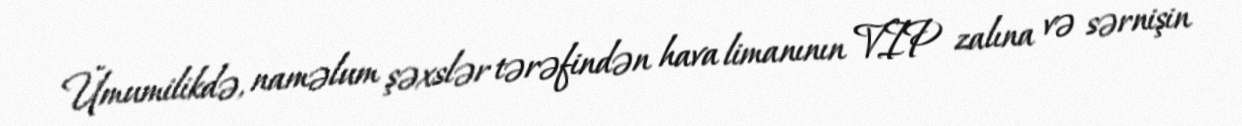
Ümumilikdə, naməlum şəxslər tərəfindən hava limanının VIP zalına və sərnişin